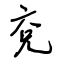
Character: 兗